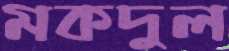
মকদুল